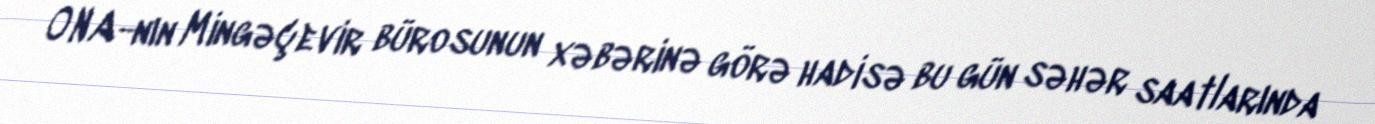
ONA-nın Mingəçevir bürosunun xəbərinə görə hadisə bu gün səhər saatlarında